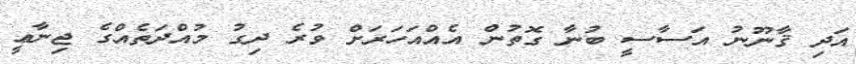
އަދި ޤާނޫނު އަސާސީ ބުނާ ގޮތުން އެއްއަހަރަށް ވުރެ ދިގު މުއްދަތެއްގެ ޖިނާޢީ